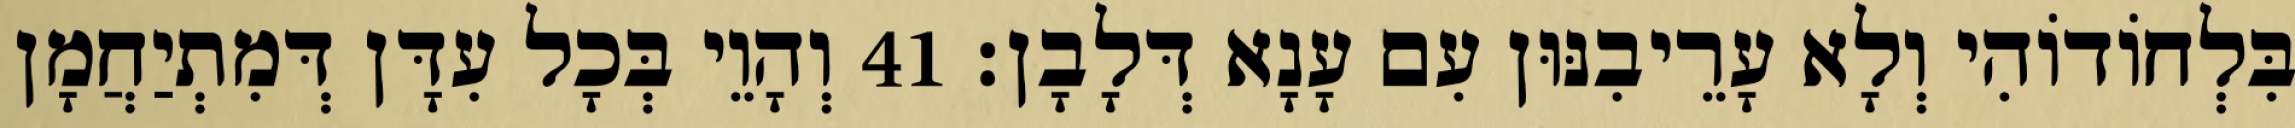
בִּלְחוֹדוֹהִי וְלָא עָרֵיבִנּוּן עִם עָנָא דְּלָבָן׃ 41 וְהָוֵי בְּכָל עִדָּן דְּמִתְיַחֲמָן